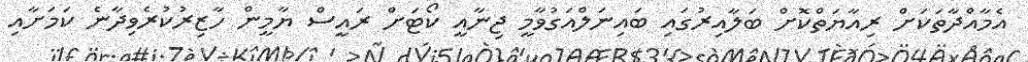
އެމާއްދާތަކަށް ރިއާޔަތްކޮށް ބަލާއިރުގައި ބައިނަލްއަގުވާމީ ޖިނާއީ ކޯޓަށް ރައީސް ޔާމީން ހާޒިރުކުރެވިދާނެ ކަމަށާއި